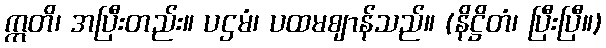
ဣတိ၊ အပြီးတည်း။ ပဌမံ၊ ပထမဈာန်သည်။ (နိဋ္ဌိတံ၊ ပြီးပြီ။)